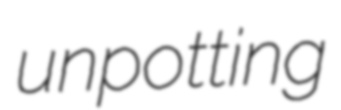
unpotting